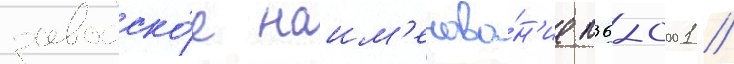
заводско́е наим'енова́н'ие п36-0001 /